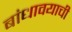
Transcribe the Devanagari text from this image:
बांधावयाची